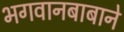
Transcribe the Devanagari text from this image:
भगवानबाबाने